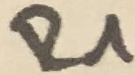
Text: R1